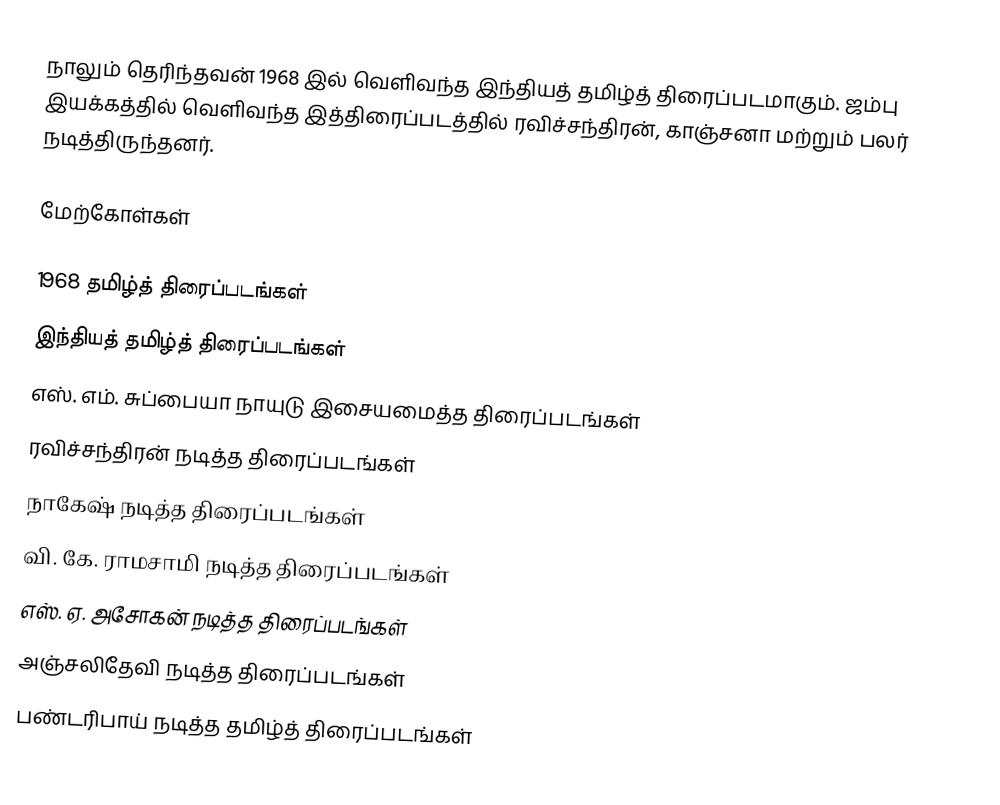
நாலும் தெரிந்தவன் 1968 இல் வெளிவந்த இந்தியத் தமிழ்த் திரைப்படமாகும். ஜம்பு இயக்கத்தில் வெளிவந்த இத்திரைப்படத்தில் ரவிச்சந்திரன், காஞ்சனா மற்றும் பலர் நடித்திருந்தனர்.

மேற்கோள்கள்

1968 தமிழ்த் திரைப்படங்கள்
இந்தியத் தமிழ்த் திரைப்படங்கள்
எஸ். எம். சுப்பையா நாயுடு இசையமைத்த திரைப்படங்கள்
ரவிச்சந்திரன் நடித்த திரைப்படங்கள்
நாகேஷ் நடித்த திரைப்படங்கள்
வி. கே. ராமசாமி நடித்த திரைப்படங்கள்
எஸ். ஏ. அசோகன் நடித்த திரைப்படங்கள்
அஞ்சலிதேவி நடித்த திரைப்படங்கள்
பண்டரிபாய் நடித்த தமிழ்த் திரைப்படங்கள்